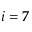
i = 7